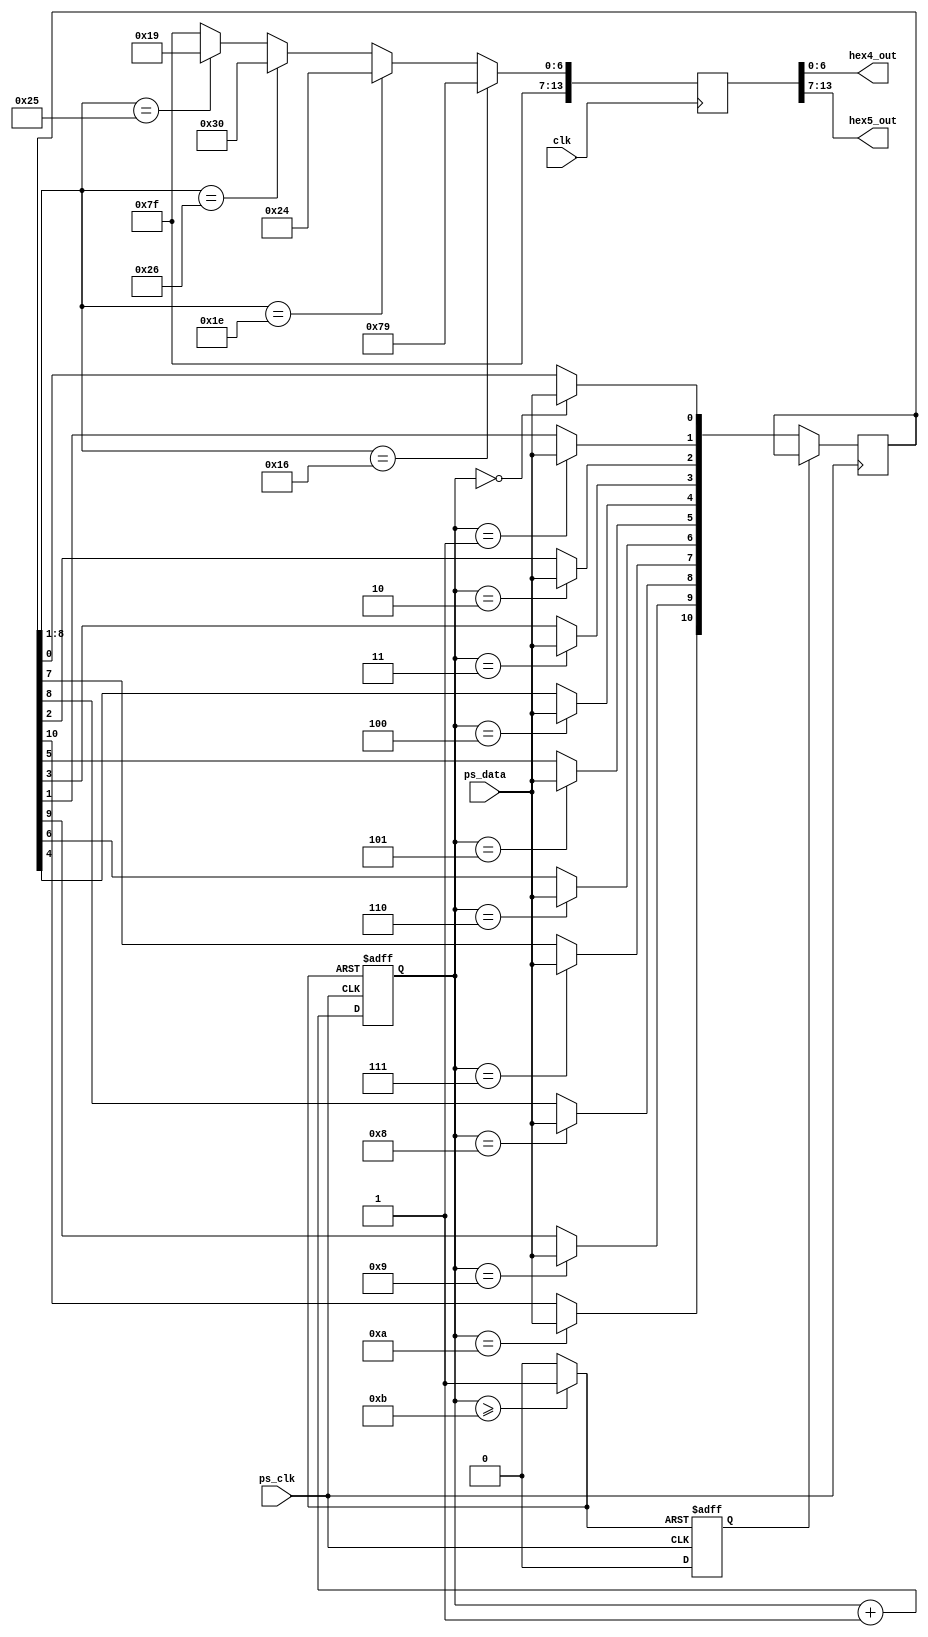
module keyboard (
 hex4_out, 		// 7 bit binary Output
 hex5_out, 		// 7 bit binary Output
 clk		, 		// input 50 MHz clk
 ps_clk 	, 		// ps2 clock
 ps_data	 		// ps2 data
);			


 input clk;
 input ps_data;
 input ps_clk;
 
 output reg [6:0] hex4_out ;
 output reg [6:0] hex5_out ;

 //internal registers
  
 reg [13:0] hex_out ;
 reg [7:0] counter;
 reg [10:0] data;
 reg valid;
 reg cnt;
 reg cnt2;

 /////////////////////////////////////////////////////////////////////////
 // characters and symbols created for displaying values on Hex display //
 // some require two HEX displays others don't                          // 
 // Note not all key codes from keyboard are here. Some are missing     //
 // from this list,you may create them by adding them                   //
 /////////////////////////////////////////////////////////////////////////
 
 parameter HEX_1 = 14'b11111111111001;		// one
 parameter HEX_2 = 14'b11111110100100;		// two
 parameter HEX_3 = 14'b11111110110000;		// three
 parameter HEX_4 = 14'b11111110011001;		// four
 

///////////////////////////////////////
/////// counters enables       ////////
///////////////////////////////////////	

wire cnt1 = (counter >= 8'd11 )? 1'b1 : 1'b0;

/////////////////////////////
/// clock for PS2      //////
/////////////////////////////	

	 always @ (negedge ps_clk or posedge cnt1 )
	 
	 begin 
	 
		if (cnt1)
		begin
			counter <= 0;
			cnt <= 1;
		end
		
			else
			
		begin
			
			counter <= counter + 1;
			cnt <= 0;
			
		end	
	end
	
	
/////////////////////////////////////////////////////////////////////
/// Serial shift register to reteive data from the PS_data line   ///
/////////////////////////////////////////////////////////////////////

	
always @ (negedge ps_clk or  posedge cnt )

 begin
 
 if (cnt) begin  valid <= 1; end
 
 else
 
 case (counter)
 	
		8'd0	: begin valid = 1; data[0] = ps_data; end // start
		8'd1	: begin valid = 0; data[1] = ps_data; end // bit 0
		8'd2	: begin valid = 0; data[2] = ps_data; end // bit 1
		8'd3	: begin valid = 0; data[3] = ps_data; end // bit 2 	
		8'd4	: begin valid = 0; data[4] = ps_data; end // bit 3
		
		8'd5	: begin valid = 0; data[5] = ps_data; end // bit 4
		8'd6	: begin valid = 0; data[6] = ps_data; end // bit 5		
		8'd7	: begin valid = 0; data[7] = ps_data; end // bit 6
		8'd8	: begin valid = 0; data[8] = ps_data; end // bit 7
		
		8'd9	: begin valid = 1; data[9] = ps_data; end // parity
		8'd10 : begin valid = 1; data[10] = ps_data; end // stop
		8'd11	: begin valid = 1; end 
		8'd12	: begin valid = 1; end

	endcase
end
	
 
///////////////////////////////////////////////////////////////////////////
/// compare and select key code value to be displayed on HEX displays   ///
///////////////////////////////////////////////////////////////////////////

 always @(posedge clk )	
 
	begin
	
		
		hex_out = 14'b11111111111111;   // default setting
	
		
		if (data[8:1] == 8'b00010110) begin	
		 hex_out <= HEX_1; 
		 end
		 
		 else
		 
		 if (data[8:1] == 8'b00011110) begin  
		 hex_out <= HEX_2; 
		 end
		 
		 else
		 
		 if (data[8:1] == 8'b00100110) begin 
		 hex_out <= HEX_3; 
		 end 
		 
		 else 
		 
		 if (data[8:1] == 8'b00100101) begin
		  hex_out <= HEX_4; 
		 end
		
	end

////////////////////////////////////
// values for HEX display       ////
////////////////////////////////////

always hex4_out <= hex_out[6:0];
always hex5_out <= hex_out[13:7];

endmodule